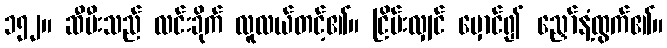
၁၅၂။ ဆီမီးသည် လင်းခိုက် လူလယ်တင့်၏။ ငြိမ်းလျှင် မှောင်၍ ညှော်နံ့ထွက်၏။